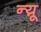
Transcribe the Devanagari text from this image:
न्यू़